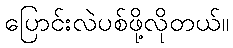
ပြောင်းလဲပစ်ဖို့လိုတယ်။